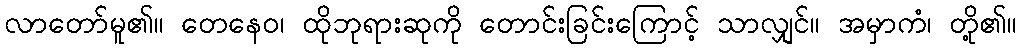
လာတော်မူ၏။ တေနေဝ၊ ထိုဘုရားဆုကို တောင်းခြင်းကြောင့် သာလျှင်။ အမှာကံ၊ တို့၏။